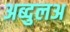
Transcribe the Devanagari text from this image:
अब्दुलअ